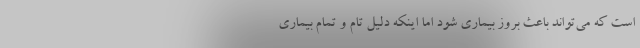
است که می‌تواند باعث بروز بیماری شود اما اینکه دلیل تام و تمام بیماری